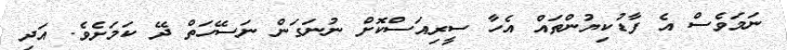
ނަމަވެސް އެ ފާޑުކިޔުންތައް އެހާ ސީރިއަސްކޮށް ނުނަގަން ނަސޭހަތް ދޭ ކަމަށެވެ. އަދި